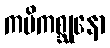
ကပိကစ္ဆုနော